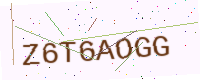
Text: Z6T6AOGG